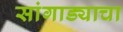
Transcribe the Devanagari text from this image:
सांगाड्याचा